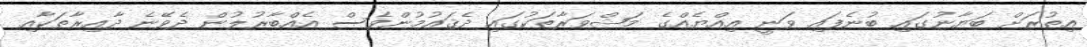
އިތުރަށް ބަޔާނުގައި ބުނެފައި ވަނީ އިއްޔެއްގެ މަޝްވަރާތަކުގައި ދެޤައުމުންވެސް އެއްބާރުލުން ދެވޭނެ ދާއިރާތަކާއި